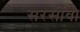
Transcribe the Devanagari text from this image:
सरसींवा